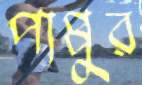
পাপ্পুর